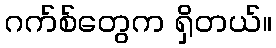
ဂက်စ်တွေက ရှိတယ်။